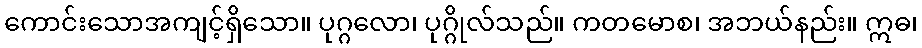
ကောင်းသောအကျင့်ရှိသော။ ပုဂ္ဂလော၊ ပုဂ္ဂိုလ်သည်။ ကတမောစ၊ အဘယ်နည်း။ ဣဓ၊